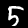
Label: 5